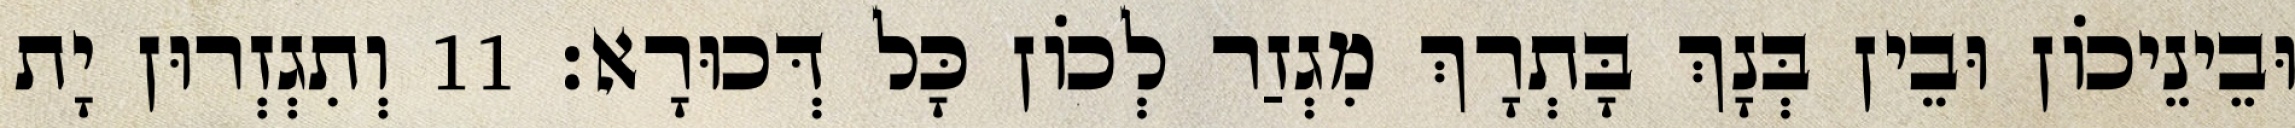
וּבֵינֵיכוֹן וּבֵין בְּנָךְ בָּתְרָךְ מִגְזַר לְכוֹן כָּל דְּכוּרָא׃ 11 וְתִגְזְרוּן יָת